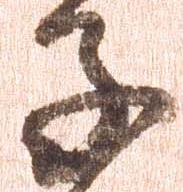
子